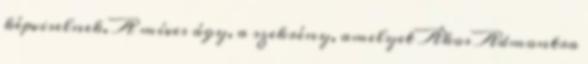
képviselnek. A míves ágy, a szekrény, amelyet Ákos Admontra